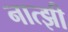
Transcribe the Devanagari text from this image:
नात्झी